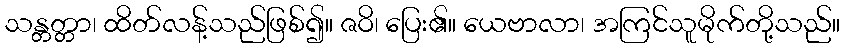
သန္တတ္တာ၊ ထိတ်လန့်သည်ဖြစ်၍။ ဇဝိ၊ ပြေး၏။ ယေဗာလာ၊ အကြင်သူမိုက်တို့သည်။